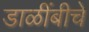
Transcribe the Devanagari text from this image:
डाळींबीचे